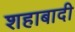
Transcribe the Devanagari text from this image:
शहाबादी